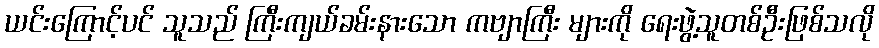
ယင်းကြောင့်ပင် သူသည် ကြီးကျယ်ခမ်းနားသော ကဗျာကြီး များကို ရေးဖွဲ့သူတစ်ဦးဖြစ်သလို